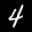
Label: 4